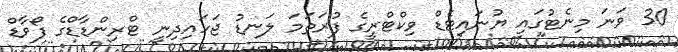
30 ވަނަ މިނެޓުގައި ޔުނައިޓެޑް ވިކްޓްރީގެ ފުރަތަމަ ލަނޑު ޖަހައިދިނީ ޓްރިންޑާޑްގެ ފޯވާޑް